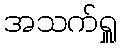
အသက်ရှူ